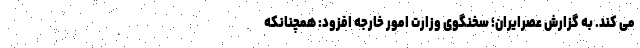
می کند. به گزارش عصرایران؛ سخنگوی وزارت امور خارجه افزود: همچنانکه